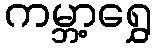
ကမ္ဘာ့ရွှေ